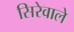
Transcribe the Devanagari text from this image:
सिरेवाले